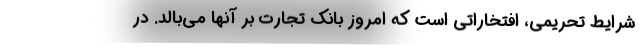
شرایط تحریمی، افتخاراتی است که امروز بانک تجارت بر آنها می‌بالد. در